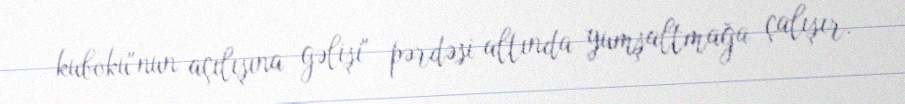
kuboku"nun açılışına gəlişi" pərdəsi altında yumşaltmağa çalışır.